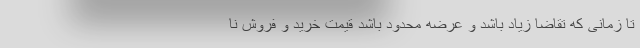
تا زمانی که تقاضا زیاد باشد و عرضه محدود باشد قیمت خرید و فروش نا